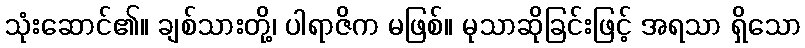
သုံးဆောင်၏။ ချစ်သားတို့၊ ပါရာဇိက မဖြစ်။ မုသာဆိုခြင်းဖြင့် အရသာ ရှိသော